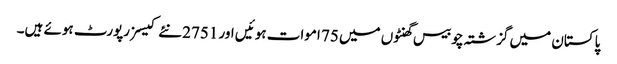
پاکستان میں گزشتہ چوبیس گھنٹوں میں 75 اموات ہوئیں اور 2751 نئے کیسز رپورٹ ہوئے ہیں۔